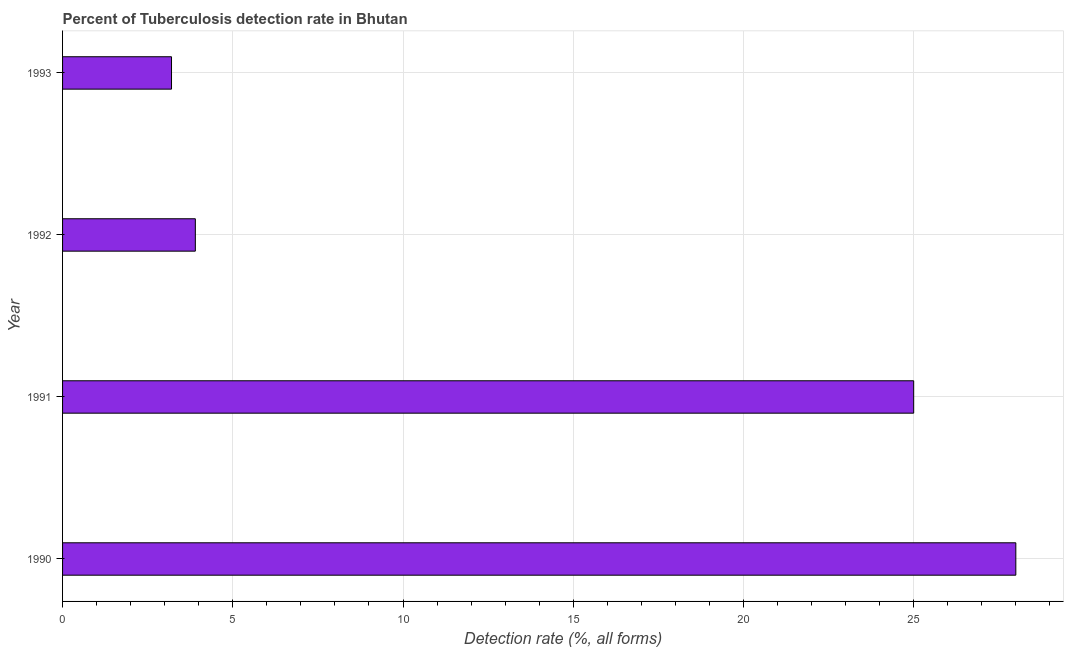
| Year | Tuberculosis case detection rate |
 | --- | --- |
 | 1990 | 28 |
 | 1991 | 25 |
 | 1992 | 3.9 |
 | 1993 | 3.2 |